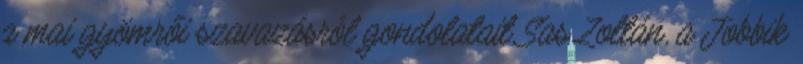
a mai gyömrői szavazásról gondolatait Sas Zoltán, a Jobbik